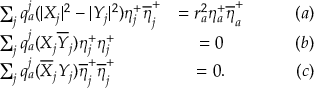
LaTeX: \begin{array} { l c r } { { \sum _ { j } q _ { a } ^ { j } ( | X _ { j } | ^ { 2 } - | Y _ { j } | ^ { 2 } ) \eta _ { j } ^ { + } \overline { { { \eta } } } _ { j } ^ { + } } } & { { = r _ { a } ^ { 2 } \eta _ { a } ^ { + } \overline { { { \eta } } } _ { a } ^ { + } \qquad } } & { { ( a ) } } \\ { { \sum _ { j } q _ { a } ^ { j } ( X _ { j } \overline { { { Y } } } _ { j } ) \eta _ { j } ^ { + } { \eta } _ { j } ^ { + } } } & { { = 0 \qquad } } & { { ( b ) } } \\ { { \sum _ { j } q _ { a } ^ { j } ( \overline { { { X } } } _ { j } { Y _ { j } } ) \overline { { { \eta } } } _ { j } ^ { + } \overline { { { \eta } } } _ { j } ^ { + } } } & { { = 0 . \qquad } } & { { ( c ) } } \end{array}